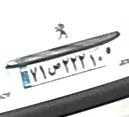
۷۱ص۲۲۲۱۰